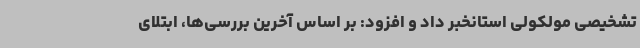
تشخیصی مولکولی استانخبر داد و افزود: بر اساس آخرین بررسی‌ها، ابتلای